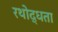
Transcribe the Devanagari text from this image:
रथोद्धता